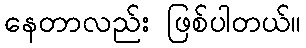
နေတာလည်း ဖြစ်ပါတယ်။